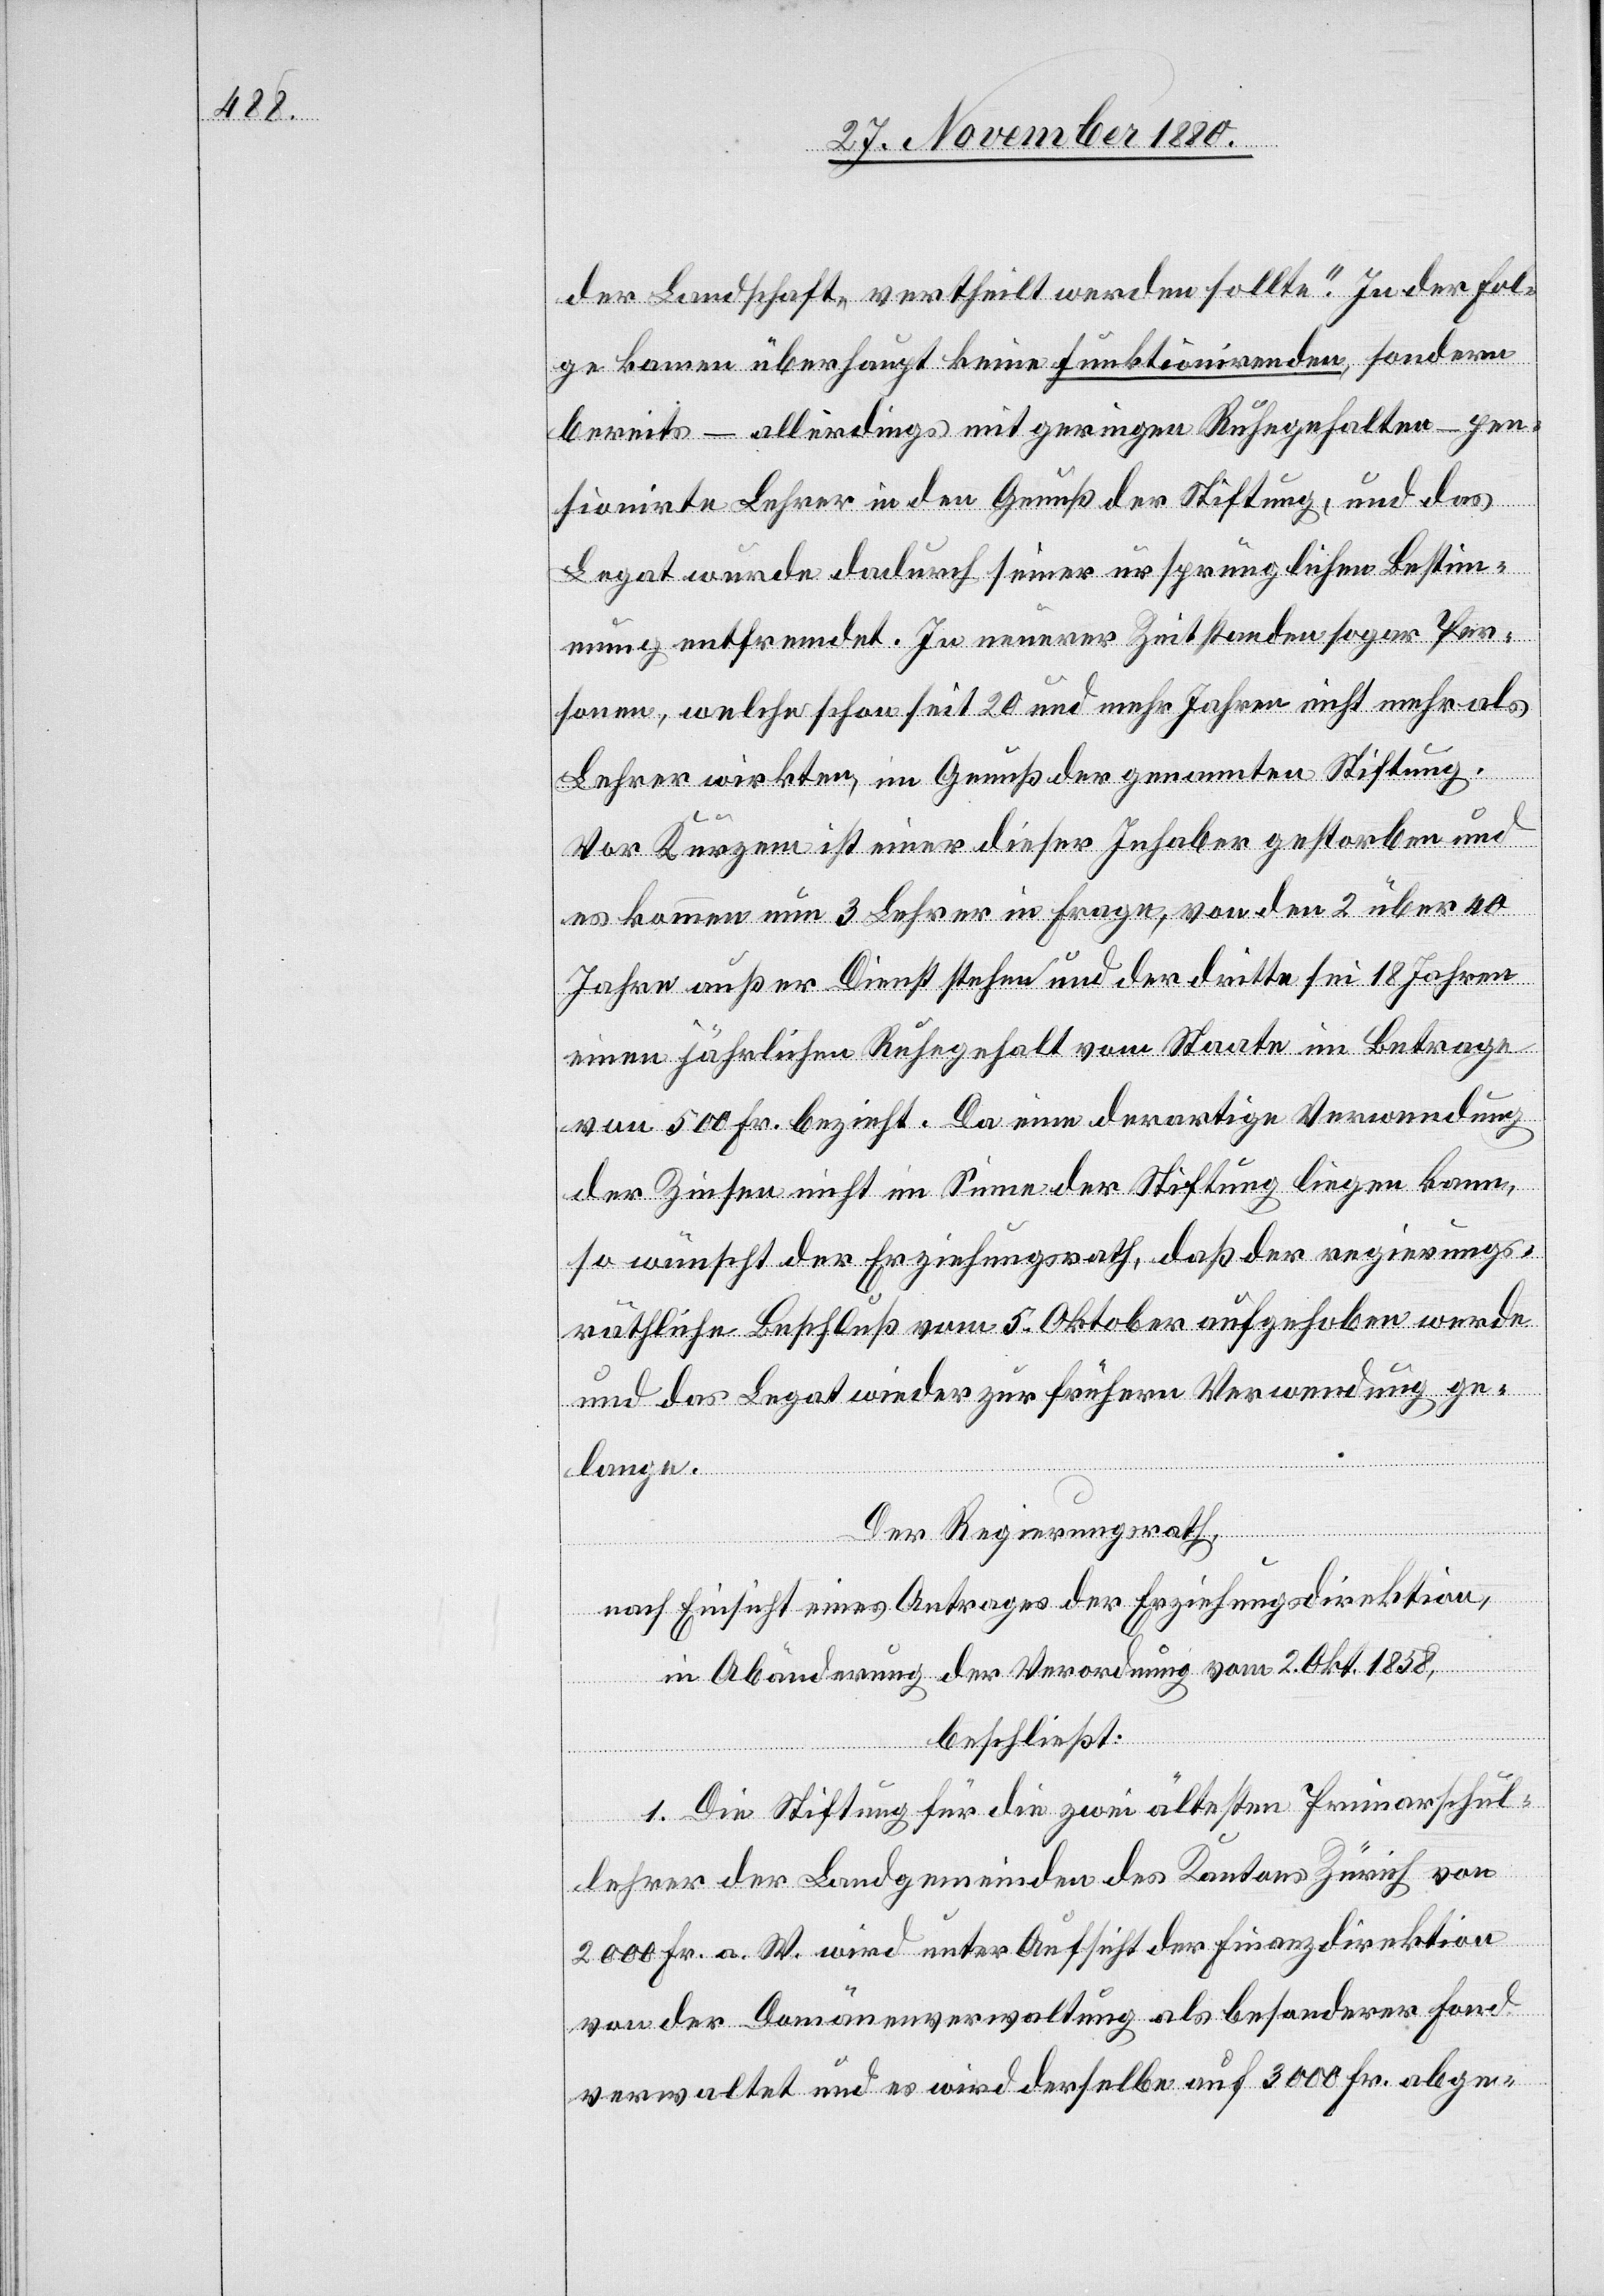
der Landschaft, vertheilt werden solle.“ In dersel¬
ben kamen überhaupt keine funktionirenden, sondern
bereits – allerdings mit geringen Ruhegehalten – pen¬
sionirten Lehrer in den Genuß der Stiftung, und das
Legat wurde dadurch seiner ursprünglichen Bestimm¬
ung entfremdet. In neuerer Zeit standen sogar Per¬
sonen, welche schon seit 20 und mehr Jahren nicht mehr als
Lehrer wirkten, im Genuß der genannten Stiftung.
Vor Kurzem ist einer dieser Inhaber gestorben und
es kommen nun 3 Lehrer in Frage, von den 2 über 40
Jahre außer Dienst stehen und der dritte sei[t] 10 Jahren
einen jährlichen Ruhegehalt vom Staat im Betrage
von 500 Fr. bezieht. Da eine derartige Verwendung
der Zinsen nicht im Sinne der Stiftung liegt kann,
so wünscht der Erziehungsrath, daß der regierungs¬
räthliche Beschluß vom 5. Oktober aufgehoben werde
und das Legat wieder zur frühern Verwendung ge¬
lange.
Der Regierungsrath,
nach Einsicht eines Antrages der Erziehungsdirektion,
in Abänderung der Verordnung vom 2. Okt. 1858,
beschließt:
1. Die Stiftung für die zwei ältesten Primarschul¬
lehrer der Landgemeinden des Kantons Zürich von
2000 Fr. a. W. Wird unter Aufsicht der Finanzdirektion
von der Domänenverwaltung als besonderer Fond
verwaltet und es wird derselbe auf 3000 Fr. abge-